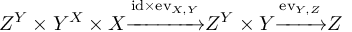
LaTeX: Z ^ { Y } \times Y ^ { X } \times X { \xrightarrow { \mathrm { i d } \times \mathrm { e v } _ { X , Y } } } Z ^ { Y } \times Y { \xrightarrow { \mathrm { e v } _ { Y , Z } } } Z